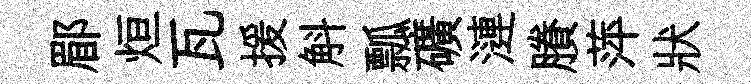
郿烜瓦援斛瓢礦漣賸萍狀